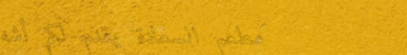
مطعم السعادة يقدم لكم أشه